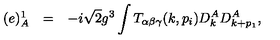
\begin{array} { r c l } { ( e ) _ { A } ^ { 1 } } & { = } & { \displaystyle - i \sqrt { 2 } g ^ { 3 } \int T _ { \alpha \beta \gamma } ( k , p _ { i } ) D _ { k } ^ { A } D _ { k + p _ { 1 } } ^ { A } , } \\ \end{array}